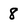
Character: 8